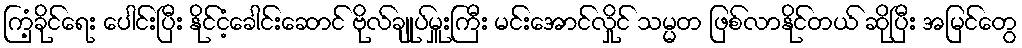
ကြံ့ခိုင်ရေး ပေါင်းပြီး နိုင်ငံ့ခေါင်းဆောင် ဗိုလ်ချုပ်မှူးကြီး မင်းအောင်လှိုင် သမ္မတ ဖြစ်လာနိုင်တယ် ဆိုပြီး အမြင်တွေ